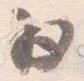
為